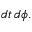
d t \, d \phi .